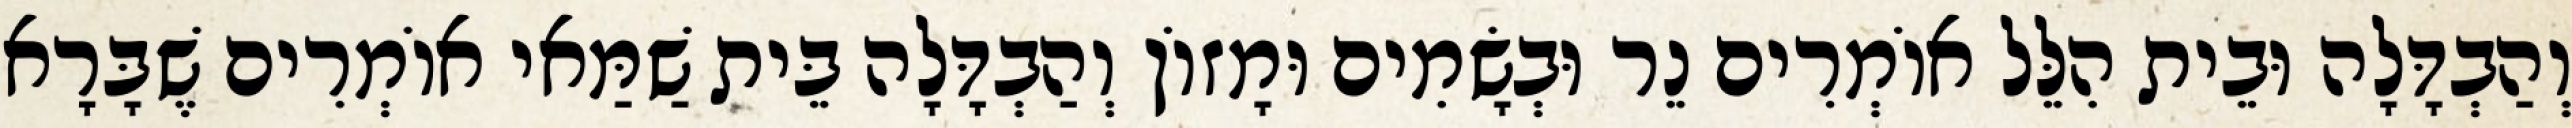
וְהַבְדָּלָה וּבֵית הִלֵּל אוֹמְרִים נֵר וּבְשָׂמִים וּמָזוֹן וְהַבְדָּלָה בֵּית שַׁמַּאי אוֹמְרִים שֶׁבָּרָא